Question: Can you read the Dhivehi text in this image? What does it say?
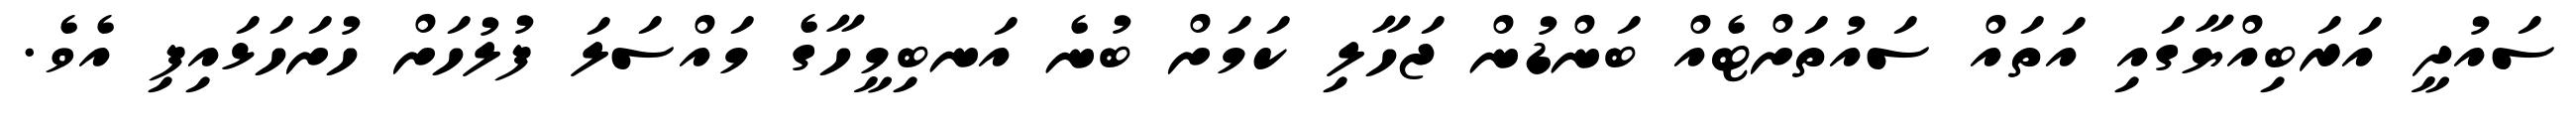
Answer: ސައުދީ އަރަބިއްޔާގައި އަތައް ސައުތަށްޓެއް ބަންޑުން ޖަހާލި ކަމަށް ބުނެ އަނބިމީހާގެ މައްސަލަ ފުލުހަށް ހުށަހަޅައިފި އެވެ.